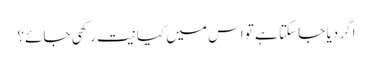
اگر دیا جا سکتا ہے تو اس میں کیا نیت رکھی جائے؟